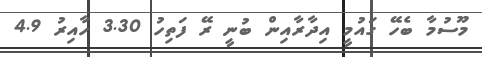
މޫސުމާ ބެހޭ ގައުމީ އިދާރާއިން ބުނީ ރޭ ފަތިހު 3.30 ހާއިރު 4.9